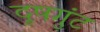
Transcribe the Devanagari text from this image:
दूषगुंट